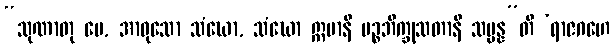
“သုဏာတု မေ, အာဝုသော သံဃော, သံဃော ဣမာနိ ပဉ္စဘိက္ခုသတာနိ သမ္မန္န”တိ ‘ရာဇဂဟေ